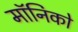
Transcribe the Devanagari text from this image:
मॉनिको